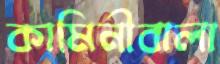
কামিনীবালা